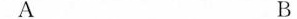
A B